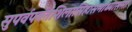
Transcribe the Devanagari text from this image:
सुपर्वपर्वतशिलासिंहासनाध्यासनाः